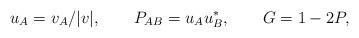
LaTeX: \begin{align*}u_A = v_A/|v|, \qquad P_{AB} = u_A u^*_B, \qquad G = 1-2P,\end{align*}